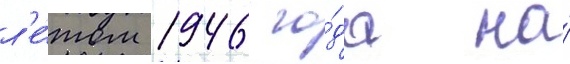
л'е́том 1946 го́да на́